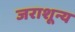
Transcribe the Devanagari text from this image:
जराशून्य